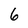
Character: 6